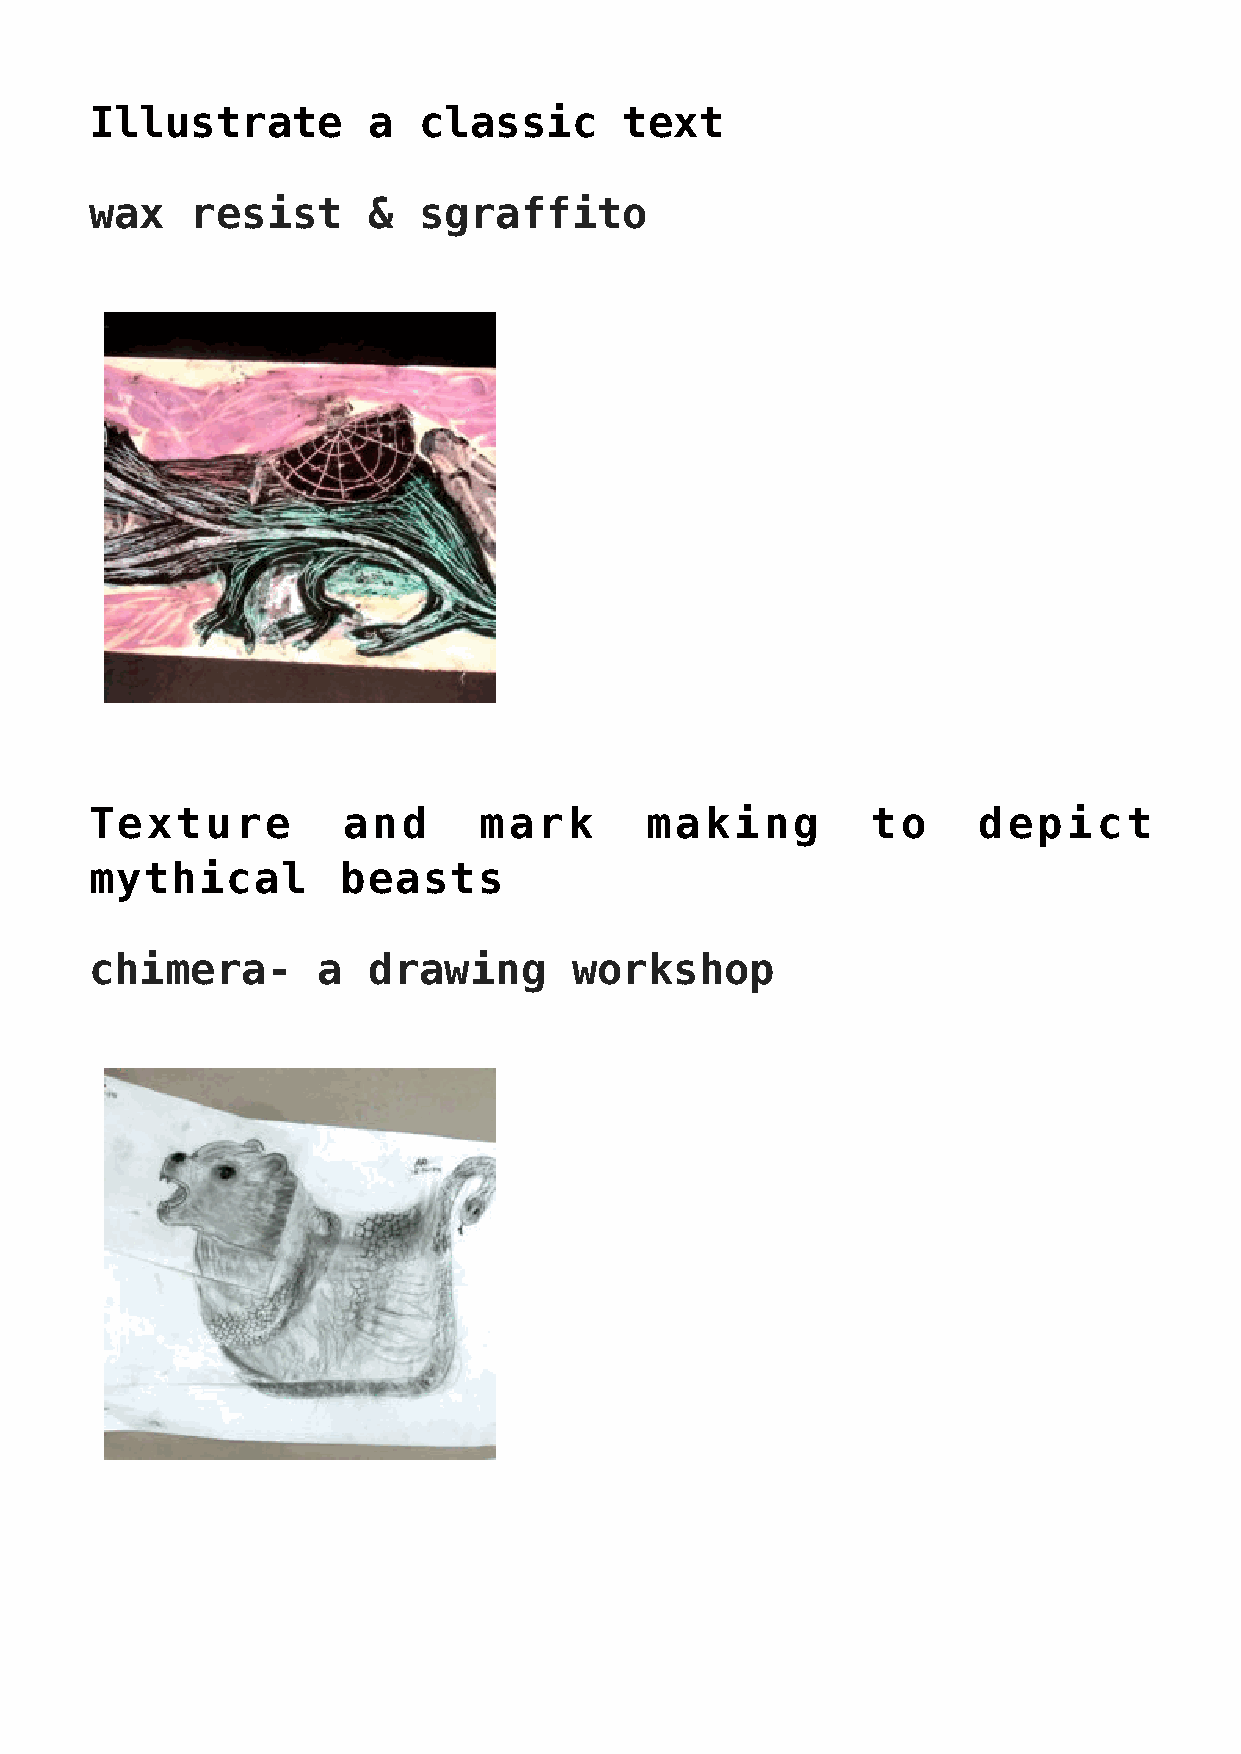
Illustrate        a   classic      text
 wax    resist     &   sgraffito
 Texture          and      mark       making         to     depict
 mythical         beasts
 chimera-       a  drawing       workshop